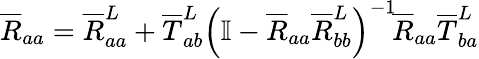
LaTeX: \overline{{R}}_{aa}=\overline{{R}}_{aa}^{L}+\overline{{T}}_{ab}^{L}\left(\mathbb{I}-\overline{{R}}_{aa}\overline{{R}}_{bb}^{L}\right)^{-1}\! \overline{{R}}_{aa}\overline{{T}}_{ba}^{L}